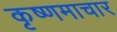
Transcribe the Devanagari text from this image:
कृष्णमाचार